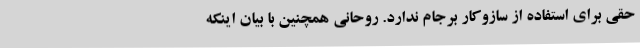
حقی برای استفاده از سازوکار برجام ندارد. روحانی همچنین با بیان اینکه